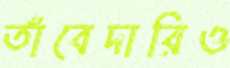
তাঁবেদারিও